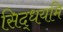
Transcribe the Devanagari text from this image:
सिद्धयमि